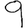
Digit: 9